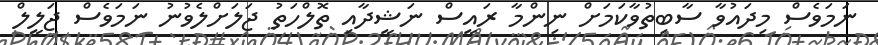
ނަމަވެސް މިދައުވާ ސާބިތުވާކަމަށް ނިންމާ ރައީސް ނަޝީދާއި ތޮލްހަތު ޖަލަށްލެވުނު ނަމަވެސް ޖަލީލް